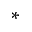
^ *